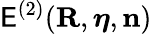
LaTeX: {\cal\mathsf{E}}^{(2)}({\mathbf{R}},{\boldsymbol\eta},{\mathbf{n}})